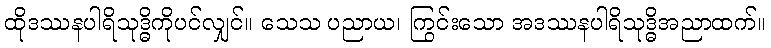
ထိုဒဿနပါရိသုဒ္ဓိကိုပင်လျှင်။ သေသ ပညာယ၊ ကြွင်းသော အဒဿနပါရိသုဒ္ဓိအညာထက်။